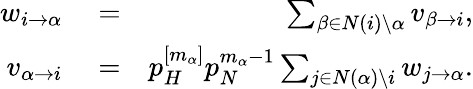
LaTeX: \begin{array}{rlr}{w_{i\to\alpha}}&{{}=}&{\sum_{\beta\in N(i)\setminus\alpha}v_{\beta\to i},}\\ {v_{\alpha\to i}}&{{}=}&{p_{H}^{[m_{\alpha}]}p_{N}^{m_{\alpha}-1}\sum_{j\in N(\alpha)\setminus i}w_{j\to\alpha}.}\end{array}